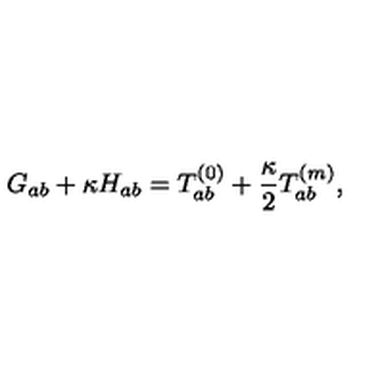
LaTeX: G _ { a b } + \kappa H _ { a b } = T _ { a b } ^ { ( 0 ) } + \frac { \kappa } { 2 } T _ { a b } ^ { ( m ) } ,